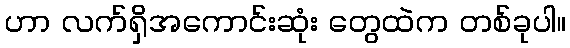
ဟာ လက်ရှိအကောင်းဆုံး တွေထဲက တစ်ခုပါ။